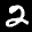
Label: 2